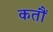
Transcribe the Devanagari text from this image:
कतौं